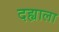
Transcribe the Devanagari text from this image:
दह्याला